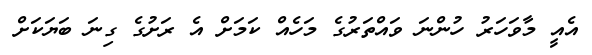
އެއީ މާވަހަރު ހުންނަ ވައްތަރުގެ މަހެއް ކަމަށް އެ ރަށުގެ ގިނަ ބަޔަކަށް